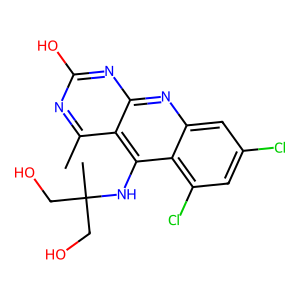
SMILES: Cc1nc(O)nc2nc3cc(Cl)cc(Cl)c3c(NC(C)(CO)CO)c12
Inhibits HIV replication: No